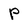
Character: P